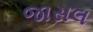
જાસલ